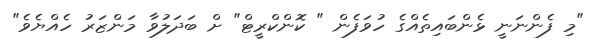
"މި ފެންނަނީ ޅެންބައިތެއްގެ ހުވަފެން " ކޮންކްރީޓް" ށް ބަދަލުވާ މަންޒަރު ހެއްޔެވެ"